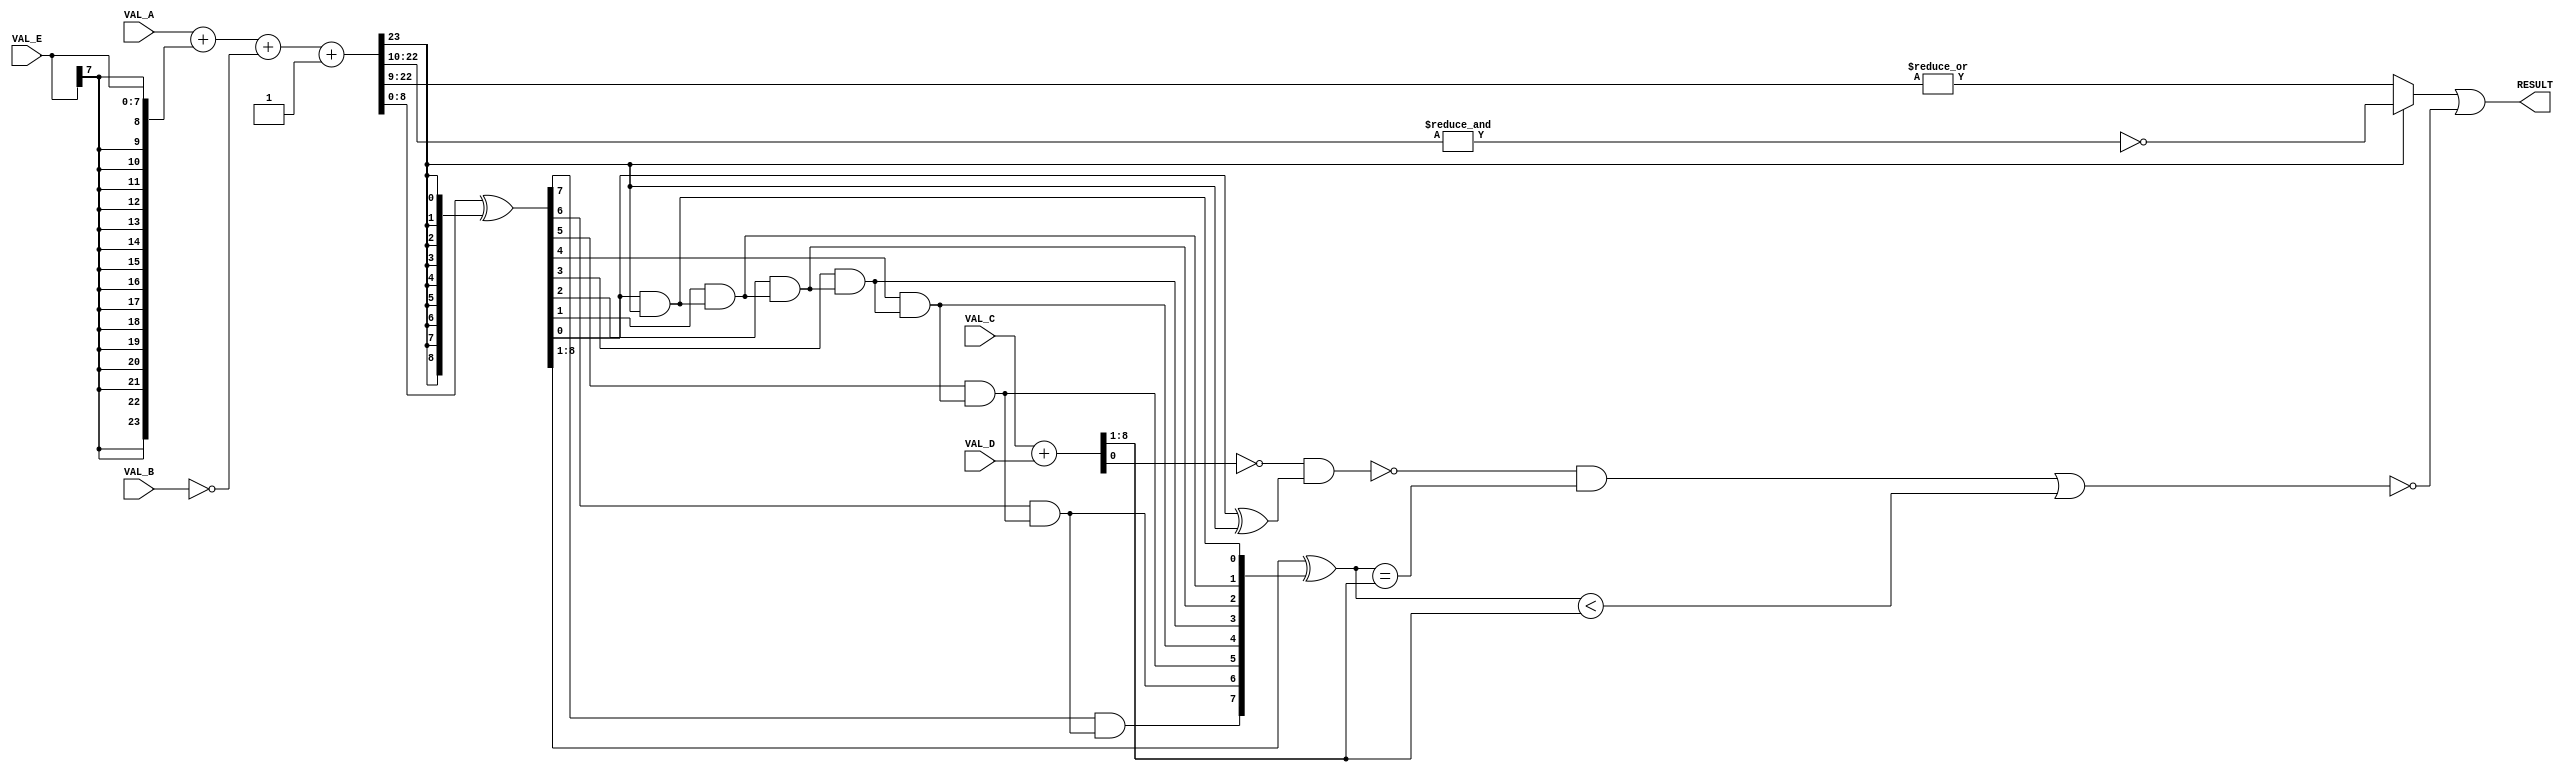
// Konami 054000
// furrtek 2022

module k054000_unit(
	input [23:0] VAL_A,
	input [23:0] VAL_B,
	input [7:0] VAL_C,
	input [7:0] VAL_D,
	input [7:0] VAL_E,
	output RESULT
);

wire [23:0] SUM1;
wire [23:0] SUM2;
assign SUM1 = VAL_A + {{16{VAL_E[7]}}, VAL_E};	// Sign-extend VAL_E
assign SUM2 = SUM1 + ~VAL_B + 1;				// Subtraction

assign ONES = ~&{SUM2[22:10]};
assign ZEROES = |{SUM2[22:9]};
assign MSB_CHECK = SUM2[23] ? ONES : ZEROES;

assign MSB = SUM2[23];

// Not exactly a 2's complement conversion ? LSB goes through
wire [8:0] PROCESSED;
wire [8:0] FLIP;
wire [8:1] ANDS;
assign FLIP = SUM2[8:0] ^ {9{MSB}};
assign ANDS[8] = (FLIP[7] & ANDS[7]);
assign ANDS[7] = (FLIP[6] & ANDS[6]);
assign ANDS[6] = (FLIP[5] & ANDS[5]);
assign ANDS[5] = (FLIP[4] & ANDS[4]);
assign ANDS[4] = (FLIP[3] & ANDS[3]);
assign ANDS[3] = (FLIP[2] & ANDS[2]);
assign ANDS[2] = (FLIP[1] & ANDS[1]);
assign ANDS[1] = (FLIP[0] & MSB);

assign PROCESSED = {FLIP[8:1] ^ ANDS, FLIP[0] ^ MSB};

wire [8:0] SUM3;
assign SUM3 = VAL_C + VAL_D;
assign M86B = ~(~SUM3[0] & PROCESSED[0]);
assign M84B = M86B & (PROCESSED[8:1] == SUM3[8:1]);
assign LSB_CHECK = ~(M84B | (PROCESSED[8:1] < SUM3[8:1]));

assign RESULT = MSB_CHECK | LSB_CHECK;

endmodule